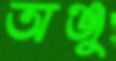
অঞ্জু